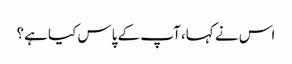
اس نے کہا، آپ کے پاس کیا ہے؟